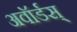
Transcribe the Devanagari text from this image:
अवॉर्डस्